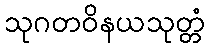
သုဂတဝိနယသုတ္တံ